Civil Veterinary Dept. Bombay admin report 1907-1913 - 1907-1913
Year: 1907
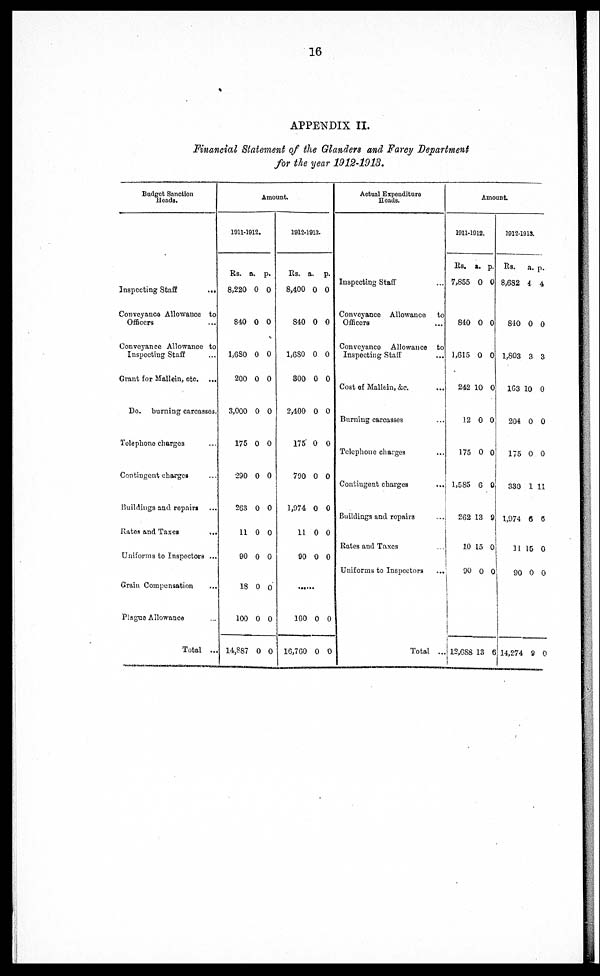
16
APPENDIX II.
Financial Statement of the Glanders and Farcy Department
for the year 1912-1913.
Budget Sanction
Heads.
Inspecting Staff
...
Conveyance Allowance to
Officers ...
Conveyance Allowance to
Inspecting Staff ...
Grant for Mallein, etc. ...
Do. burning carcasses.
Tolephone charges ...
Contingent charges ...
Buildings and repairs ...
Rates and Taxes
...
Uniforms to Inspectors ...
Grain Compensation ...
Plague Allowance ...
Total ...
Amount.
1911-1912.
Rs.
8,220
840
1,680
200
3,000
175
290
263
11
90
18
100
14,887
a.
0
0
0
0
0
0
0
0
0
0
0
0
0
p.
0
0
0
0
0
0
0
0
0
0
0
0
0
1912-1913.
Rs.
8,400
840
1,680
300
2,400
175
700
1,974
11
90
......
100
16,760
a.
0
0
0
0
0
0
0
0
0
0
0
0
p.
0
0
0
0
0
0
0
0
0
0
0
0
Actual Expenditure
Heads.
Inspecting Staff ...
Conveyance Allowance to
Officers ...
Conveyance Allowance to
Inspecting Staff ...
Cost of Mallein, &c. ...
Burning carcasses ...
Telephone charges ...
Contingent charges
...
Buildings and repairs ...
Rates and Taxes ...
Uniforms to Inspectors
...
Total ...
Amount.
1911-1912.
Rs.
7,855
840
1,615
242
12
175
1,585
262
10
90
12,688
a.
0
0
0
10
0
0
6
13
15
0
13
p.
0
0
0
0
0
0
0
9
0
0
6
1912-1913.
Rs.
8,682
810
1,803
163
204
175
330
1,974
11
90
14,274
a.
4
0
3
10
0
0
1
6
15
0
9
p.
4
0
3
0
0
0
11
6
0
0
0